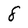
Character: 8